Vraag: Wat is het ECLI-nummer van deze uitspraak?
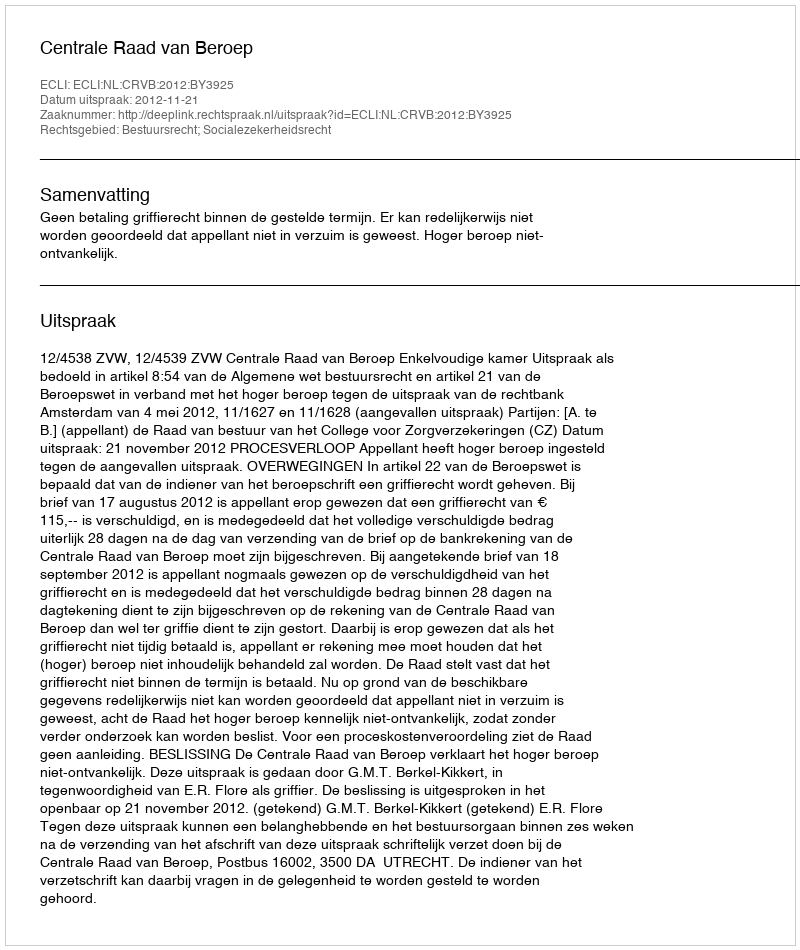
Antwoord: ECLI:NL:CRVB:2012:BY3925